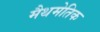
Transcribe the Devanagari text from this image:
मैथमेतिक